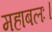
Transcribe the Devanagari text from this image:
महाबलः।